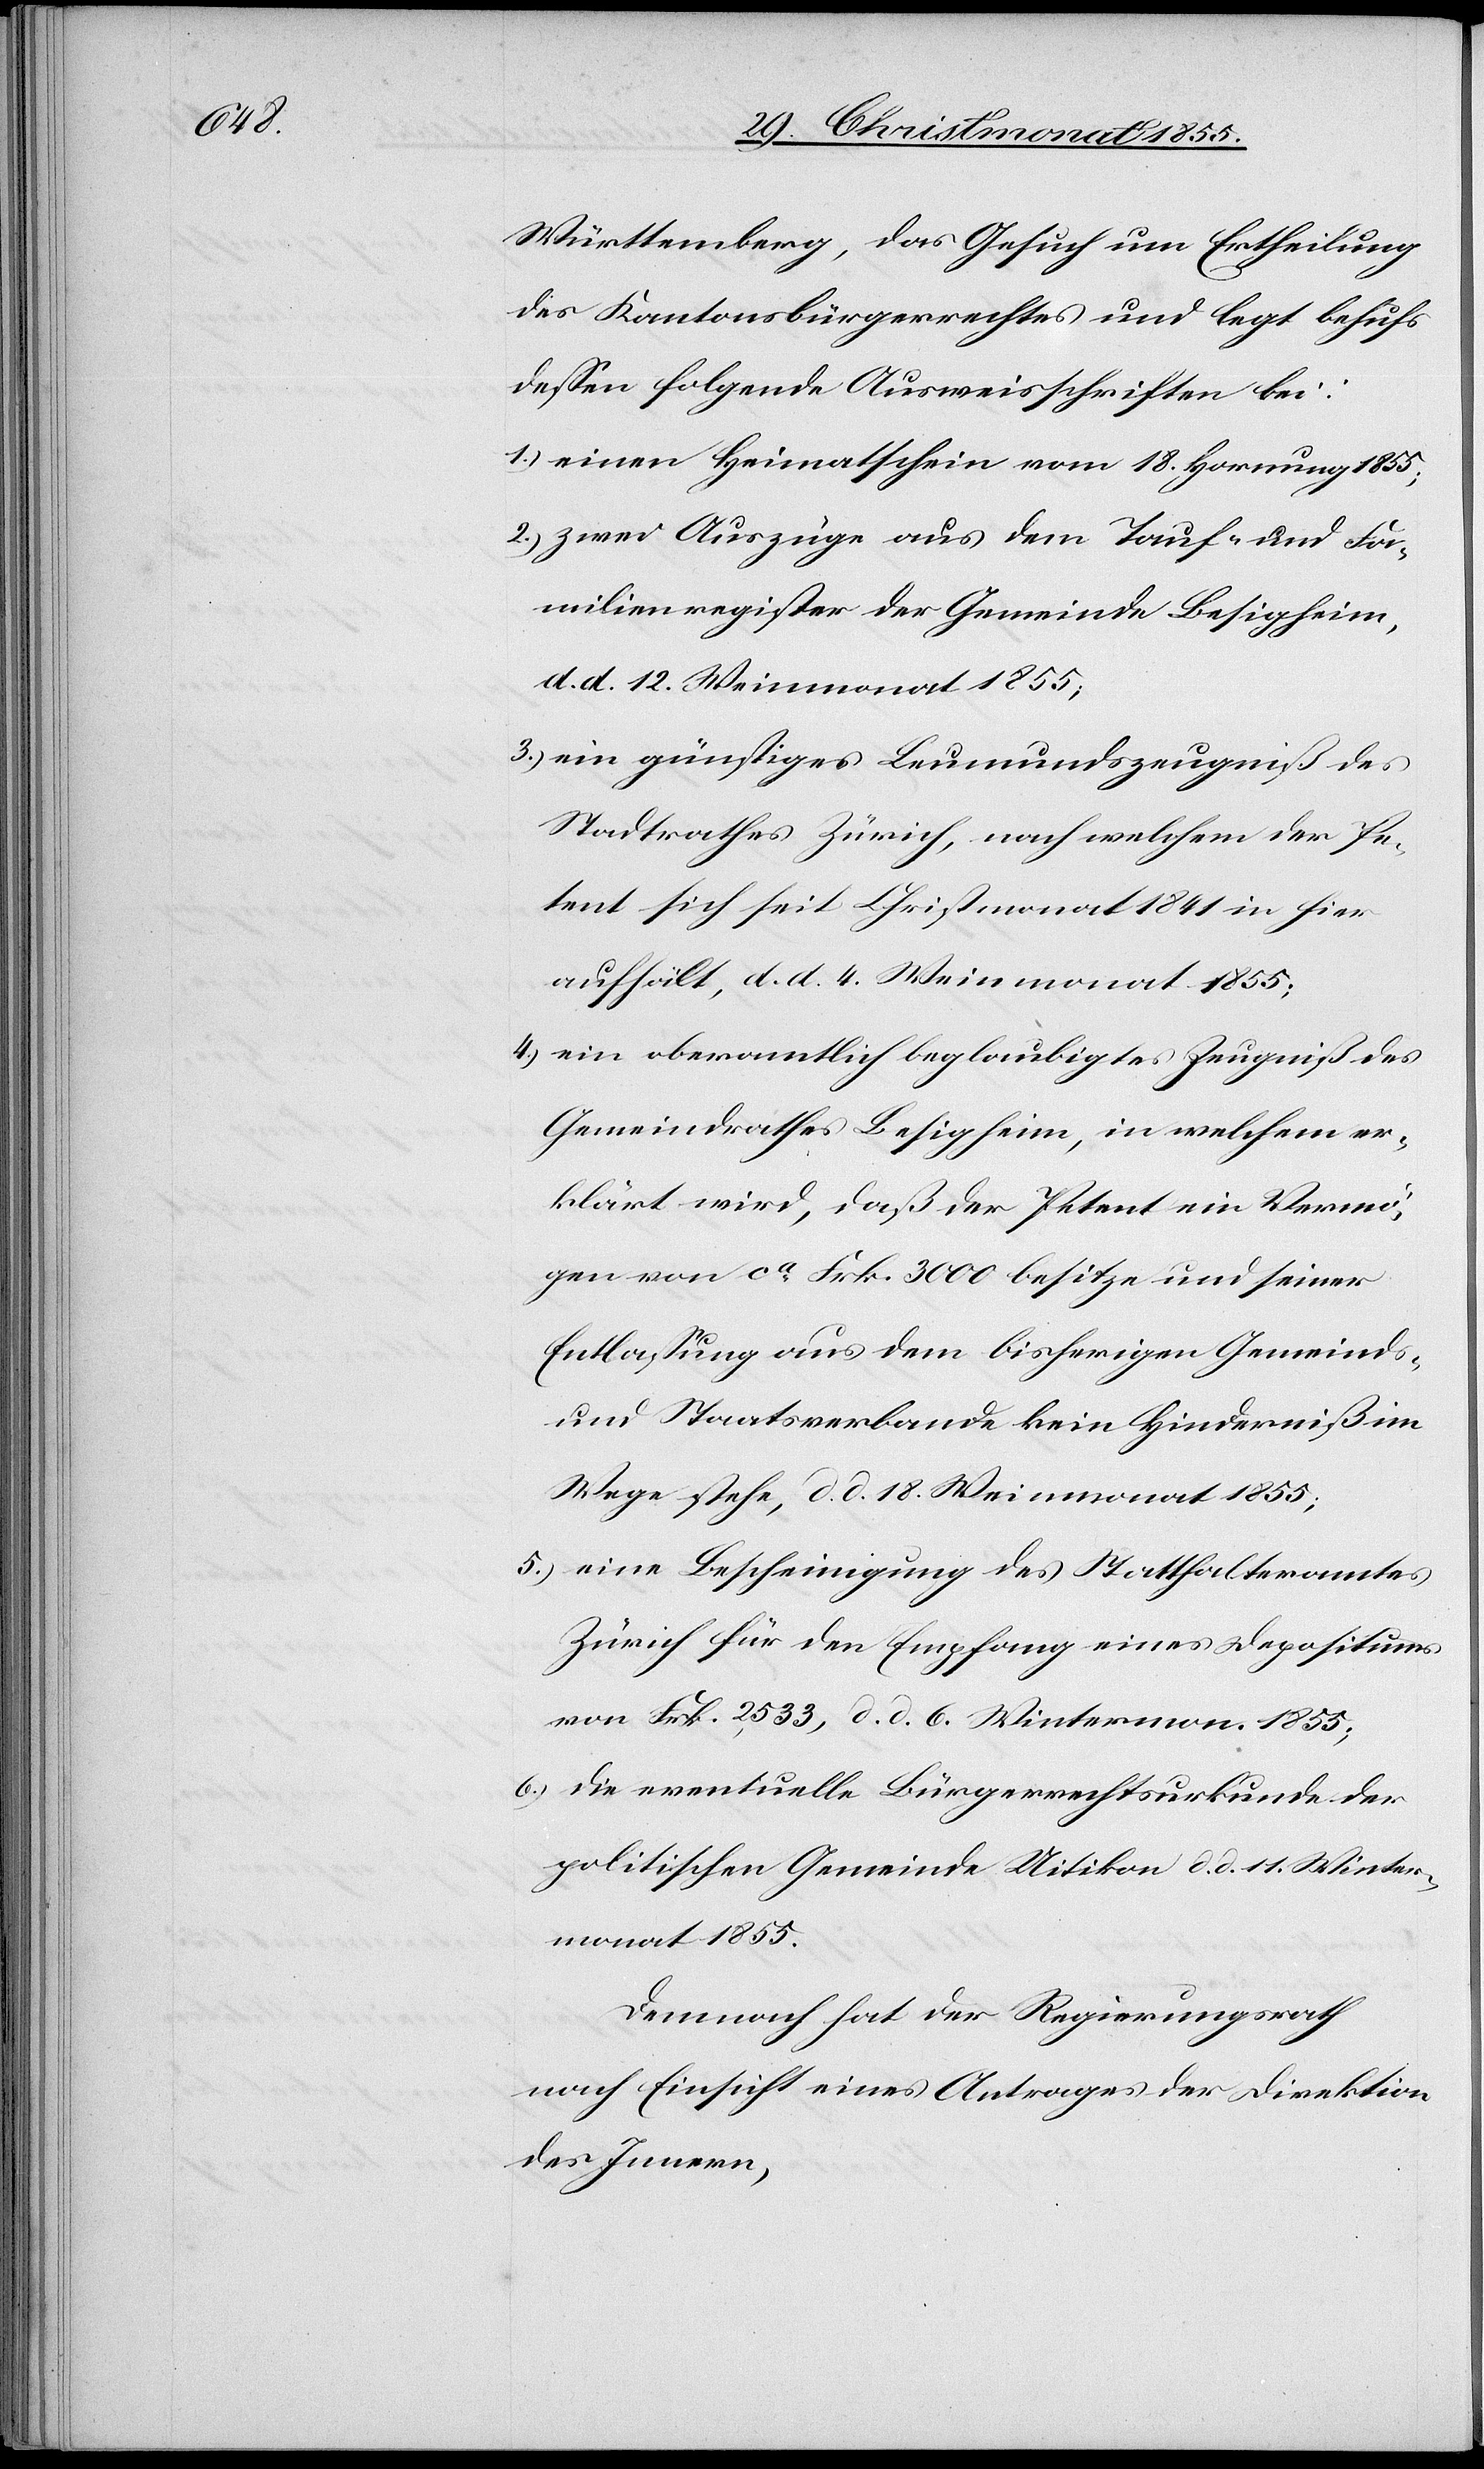
Württemberg, das Gesuch um Ertheilung
des Kantonsbürgerrechtes und legt behufs
dessen folgende Ausweisschriften bei:
einen Heimatschein vom 18. Hornung 1855;
zwei Auszüge aus dem Tauf- und Fa¬
milienregister der Gemeinde Besigheim,
d. d. 12. Weinmonat 1855;
ein günstiges Leumundszeugniß des
Stadtrathes Zürich, nach welchem der Pe¬
tent sich seit Christmonat 1841 in hier
aufhält, d. d. 4. Weinmonat 1855;
ein oberamtlich beglaubigtes Zeugniß des
Gemeindrathes Besigheim, in welchem er¬
klärt wird, daß der Petent ein Vermö¬
gen von ca Frk. 3000 besitze und seiner
Entlassung aus dem bisherigen Gemeinds-
und Staatsverbande kein Hinderniß im
Wege stehe, d. d. 18. Weinmonat 1855;
eine Bescheinigung des Statthalteramtes
Zürich für den Empfang eines Depositums
von Frk. 2,533, d. d. 6. Wintermon. 1855;
die eventuelle Bürgerrechtsurkunde der
politischen Gemeinde Uitikon d. d. 11. Winter¬
monat 1855.
Demnach hat der Regierungsrath
nach Einsicht eines Antrages der Direktion
des Innern,